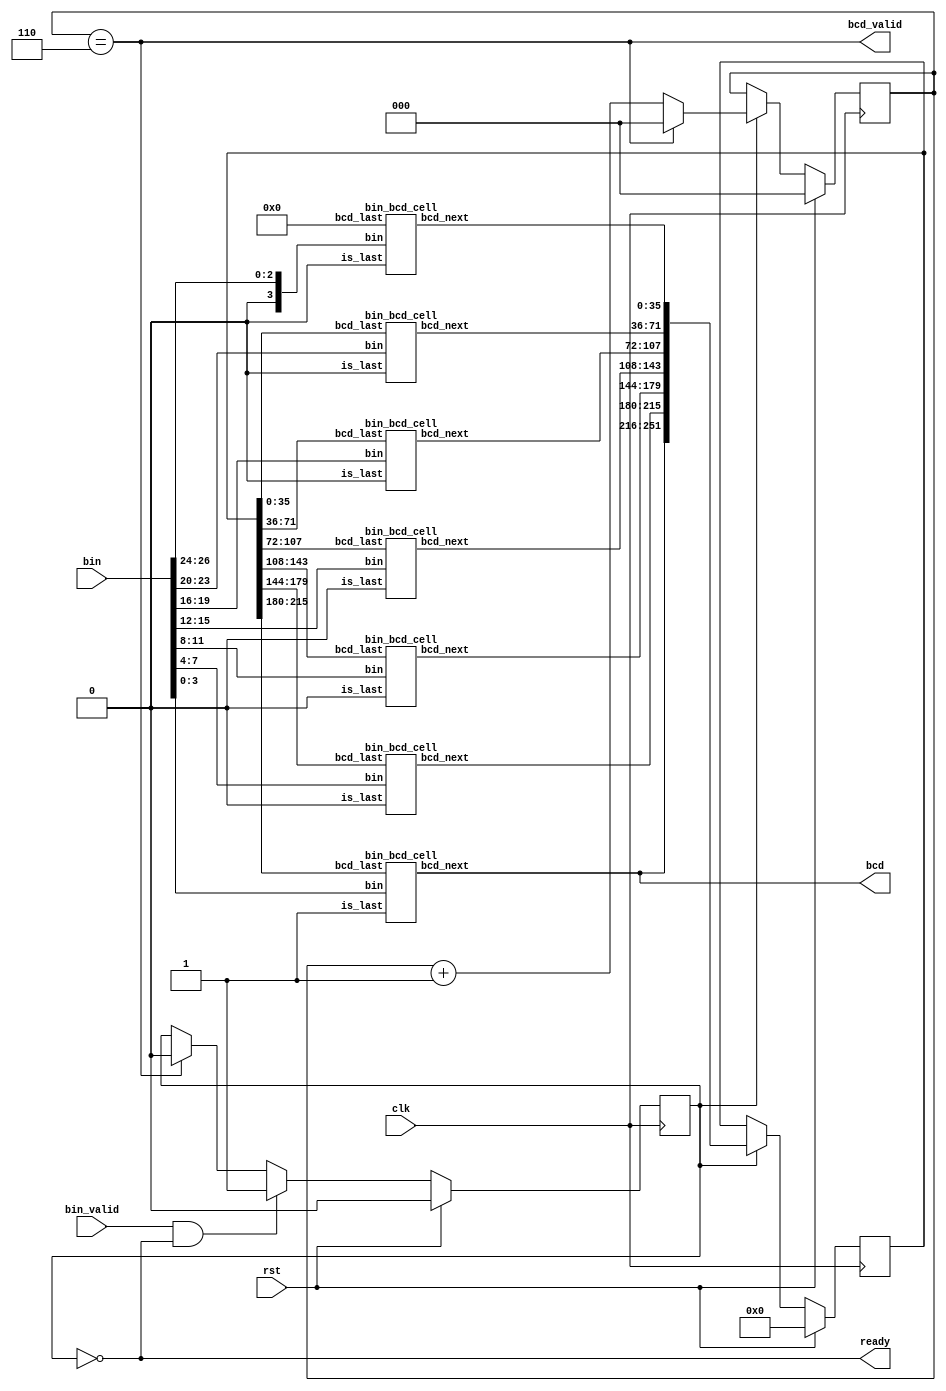
// `define __DEBUG

module bin_bcd(
    input               clk,
    input               rst,
    input               bin_valid,
    input       [26:0]  bin,
    output              ready,
    output              bcd_valid,
    output      [35:0]  bcd
);

    reg [2:0] counter;
    reg s_work;

    always @(posedge clk) begin
        if(rst)
            s_work <= 0;
        else if(bin_valid && ready)
            s_work <= 1;
        else if(bcd_valid)
            s_work <= 0;
    end

    always @(posedge clk) begin
        if(rst)
            counter <= 'd0;
        else if(s_work)
            counter <= counter == 3'd6 ? 3'd0 : counter + 1'b1;
    end

    assign ready = ~s_work;
    assign bcd_valid = counter == 3'd6;

    wire [27:0] bin_ext = {1'b0, bin};
    wire [36*7-1:0] bcd_next;
    reg [36*7-1:0] bcd_last;
    genvar i;
    generate
        for(i=0;i<7;i=i+1) begin:gen_cell
            if(i==0)
                bin_bcd_cell u_bin_bcd_cell(
                    .is_last        (1'b0),
                    .bin            (bin_ext[27:24]),
                    .bcd_last       (36'd0),
                    .bcd_next       (bcd_next[i*36+35:i*36])
                );
            else
                bin_bcd_cell u_bin_bcd_cell(
                    .is_last        (i==6),
                    .bin            (bin_ext[28-i*4-1-:4]),
                    .bcd_last       (bcd_last[i*36-1:(i-1)*36]),
                    .bcd_next       (bcd_next[i*36+35:i*36])
                );
        end
    endgenerate

    always @(posedge clk) begin
        if(rst)
            bcd_last <= 'd0;
        else if(s_work)
            bcd_last <= bcd_next;
    end

    assign bcd = bcd_next[36*7-1-:36];
    
`ifdef __DEBUG
    always @(posedge clk)
        if(s_work)
            $display("last:%b now:%b", bcd_last[counter*36+35-:36], bcd_next[counter*36+35-:36]);
`endif

endmodule

module bin_bcd_cell(
    input               is_last,
    input       [3:0]   bin,
    input       [35:0]  bcd_last,
    output      [35:0]  bcd_next
);

    genvar i;
    wire [35:0] bcd_shift_1 = {bcd_last[34:0], bin[3]};
    wire [35:0] bcd_shift_1_o;
    wire [35:0] bcd_shift_2 = {bcd_shift_1_o, bin[2]};
    wire [35:0] bcd_shift_2_o;
    wire [35:0] bcd_shift_3 = {bcd_shift_2_o, bin[1]};
    wire [35:0] bcd_shift_3_o;
    wire [35:0] bcd_shift_4 = {bcd_shift_3_o, bin[0]};
    wire [35:0] bcd_shift_4_o;

    generate
        for(i=0;i<9;i=i+1) begin:gen
            assign bcd_shift_1_o[i*4+3:i*4] = bcd_shift_1[i*4+3:i*4] > 4'd4 ? (bcd_shift_1[i*4+3:i*4] + 4'd3) : bcd_shift_1[i*4+3:i*4];
            assign bcd_shift_2_o[i*4+3:i*4] = bcd_shift_2[i*4+3:i*4] > 4'd4 ? (bcd_shift_2[i*4+3:i*4] + 4'd3) : bcd_shift_2[i*4+3:i*4];
            assign bcd_shift_3_o[i*4+3:i*4] = bcd_shift_3[i*4+3:i*4] > 4'd4 ? (bcd_shift_3[i*4+3:i*4] + 4'd3) : bcd_shift_3[i*4+3:i*4];
            assign bcd_shift_4_o[i*4+3:i*4] = bcd_shift_4[i*4+3:i*4] > 4'd4 ? (bcd_shift_4[i*4+3:i*4] + 4'd3) : bcd_shift_4[i*4+3:i*4];
        end
    endgenerate

    assign bcd_next = is_last ? bcd_shift_4 : bcd_shift_4_o;

endmodule


`ifdef __DEBUG

module test;

    reg clk = 1;
    always #(10) clk = ~clk;
    reg rst;
    reg bin_valid = 0;

    reg [26:0] rand_in;
    reg [26:0] bin;

    // outports wire
    wire [35:0] 	bcd;
    wire ready;
    wire bcd_valid;
    
    bin_bcd  u_bin_bcd (
        .clk                     ( clk         ),
        .rst                     ( rst         ),
        .bin_valid               ( bin_valid   ),
        .bin                     ( bin         ),

        .ready                   ( ready       ),
        .bcd_valid               ( bcd_valid   ),
        .bcd                     ( bcd         )
    );


    initial begin
        rst = 1;
        #(100) rst = 0;
        repeat(10) begin
            wait(ready)
                rand_in = {$random}%100000000;
            bin = rand_in;
            bin_valid = 1;
            @(posedge bcd_valid) begin
                $display("%d %0d%0d%0d%0d%0d%0d%0d%0d",bin,bcd[31-:4],bcd[27-:4],bcd[23-:4],bcd[19-:4],bcd[15-:4],bcd[11-:4],bcd[7-:4],bcd[3-:4]);
            end
        end
        $finish;
    end

    initial begin
        $dumpfile("wave.vcd");
        $dumpvars(0, test);
    end

endmodule

`endif